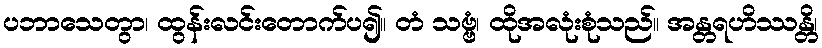
ပဘာသေတွာ၊ ထွန်းလင်းတောက်ပ၍။ တံ သဗ္ဗံ၊ ထိုအလုံးစုံသည်။ အန္တရဟိဿန္တိ၊